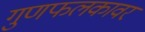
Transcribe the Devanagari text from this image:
गुणफलकावर